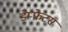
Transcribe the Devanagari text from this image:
डेप्फ्रेटस